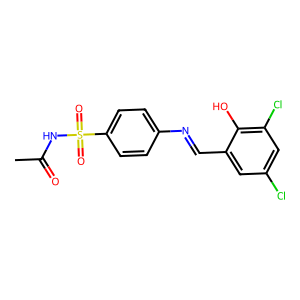
SMILES: CC(=O)NS(=O)(=O)c1ccc(N=Cc2cc(Cl)cc(Cl)c2O)cc1
Inhibits HIV replication: No